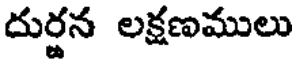
దుర్జన లక్షణములు